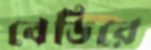
বেডিরে